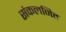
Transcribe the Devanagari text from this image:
संकलनित